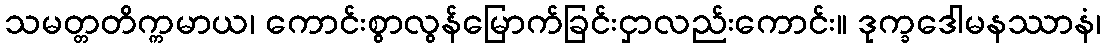
သမတ္တတိက္ကမာယ၊ ကောင်းစွာလွန်မြောက်ခြင်းငှာလည်းကောင်း။ ဒုက္ခဒေါမနဿာနံ၊